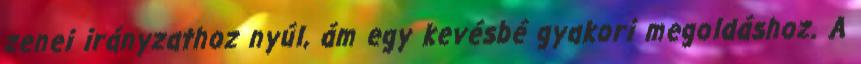
zenei irányzathoz nyúl, ám egy kevésbé gyakori megoldáshoz. A